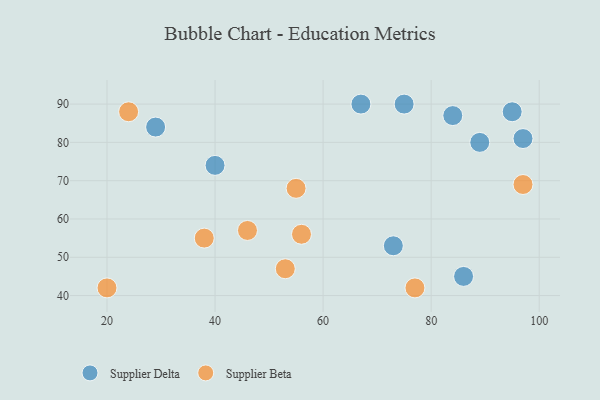
{"axis": {"x": "GDP", "y": "Life Expectancy"}, "legend": ["Supplier Beta", "Supplier Delta"], "data": [{"x": "89", "y": 80, "type": "Supplier Delta"}, {"x": "40", "y": 74, "type": "Supplier Delta"}, {"x": "67", "y": 90, "type": "Supplier Delta"}, {"x": "75", "y": 90, "type": "Supplier Delta"}, {"x": "97", "y": 81, "type": "Supplier Delta"}, {"x": "73", "y": 53, "type": "Supplier Delta"}, {"x": "84", "y": 87, "type": "Supplier Delta"}, {"x": "29", "y": 84, "type": "Supplier Delta"}, {"x": "95", "y": 88, "type": "Supplier Delta"}, {"x": "86", "y": 45, "type": "Supplier Delta"}, {"x": "55", "y": 68, "type": "Supplier Beta"}, {"x": "97", "y": 69, "type": "Supplier Beta"}, {"x": "20", "y": 42, "type": "Supplier Beta"}, {"x": "38", "y": 55, "type": "Supplier Beta"}, {"x": "53", "y": 47, "type": "Supplier Beta"}, {"x": "46", "y": 57, "type": "Supplier Beta"}, {"x": "56", "y": 56, "type": "Supplier Beta"}, {"x": "24", "y": 88, "type": "Supplier Beta"}, {"x": "77", "y": 42, "type": "Supplier Beta"}]}